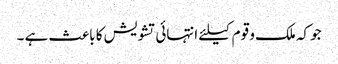
جو کہ ملک و قوم کیلئے انتہائی تشویش کا باعث ہے ۔